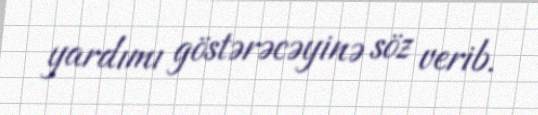
yardımı göstərəcəyinə söz verib.